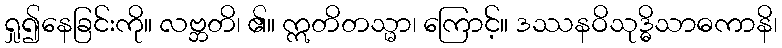
ရှု၍နေခြင်းကို။ လဗ္ဘတိ၊ ၏။ ဣတိတသ္မာ၊ ကြောင့်။ ဒဿနဝိသုဒ္ဓိသာဓကာနိ၊